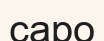
саро